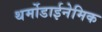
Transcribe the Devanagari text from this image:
थर्मोडाईनेमिक